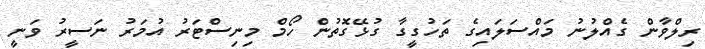
ރިލްވާން ގެއްލުނު މައްސަލައިގެ ތަހުގީގާ ގުޅޭގޮތުން ހޯމް މިނިސްޓަރު އުމަރު ނަސީރު ވަނީ